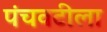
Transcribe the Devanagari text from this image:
पंचवटीला